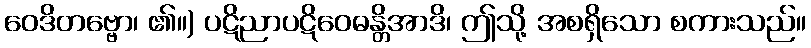
ဝေဒိတဗ္ဗော၊ ၏။) ပဋိညာပဋိဝေဓန္တိအာဒိ၊ ဤသို့ အစရှိသော စကားသည်။